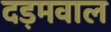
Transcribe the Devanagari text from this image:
दड़मवाल